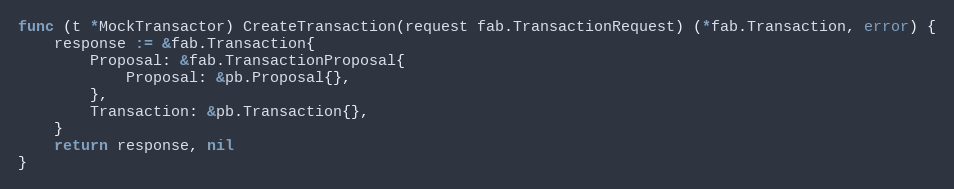
Language: Go
func (t *MockTransactor) CreateTransaction(request fab.TransactionRequest) (*fab.Transaction, error) {
	response := &fab.Transaction{
		Proposal: &fab.TransactionProposal{
			Proposal: &pb.Proposal{},
		},
		Transaction: &pb.Transaction{},
	}
	return response, nil
}